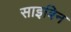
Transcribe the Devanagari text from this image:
साइबिन